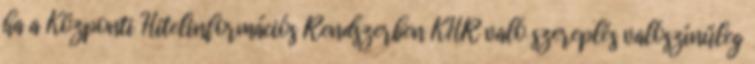
ha a Központi Hitelinformációs Rendszerben KHR való szereplés valószínűleg